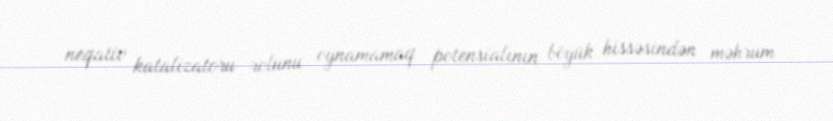
neqativ katalizatoru rolunu oynamamaq potensialının böyük hissəsindən məhrum